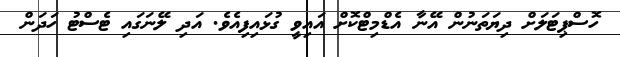
ހޮސްޕިޓަލަށް ދިޔަތަނުން އޭނާ އެޑްމިޓްކޮށް އައިވީ ގުޅައިފިއެވެ. އަދި ލޭނަގައި ޓެސްޓު ހަދަން